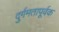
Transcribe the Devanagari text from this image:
दुर्गमतापूर्वक